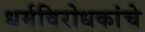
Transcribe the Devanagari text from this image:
धर्मविरोधकांचे